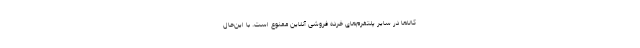
کالاها در سایر پلتفرم‌های خرده فروشی آنلاین ممنوع است. با این‌حال